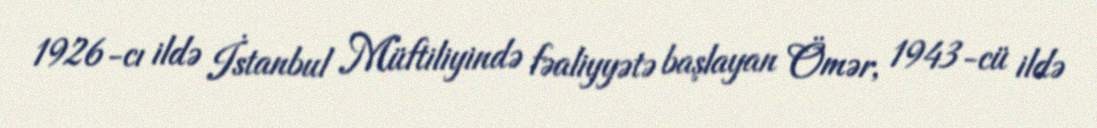
1926-cı ildə İstanbul Müftiliyində fəaliyyətə başlayan Ömər, 1943-cü ildə